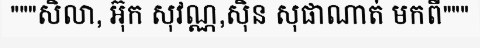
"""សិលា, អ៊ុក សុវណ្ណ,ស៊ិន សុផាណាត់ មកពី"""